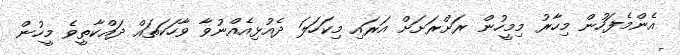
އެންމެފަހުން މިހާރު މިމީހުން ރަށްރަށަށް އަރައި މިކަހަލަ ދެއުޅިއެއްނުވާ ވާހަކަތައް ދައްކާތީވެ މީހުން